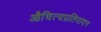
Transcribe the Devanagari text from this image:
औचित्यप्रतिपादन